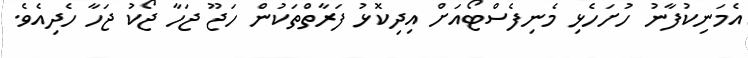
އެމަނިކުފާނު ހުށަހެޅި މެނިފެސްޓޯއަށް އިދިކޮޅު ފަރާތްތަކުން ހަޖޫ ޖަހާ ޖޯކު ޖަހާ ހެދިއެވެ.